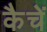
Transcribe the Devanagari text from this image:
कैचें